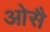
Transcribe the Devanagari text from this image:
ओसै